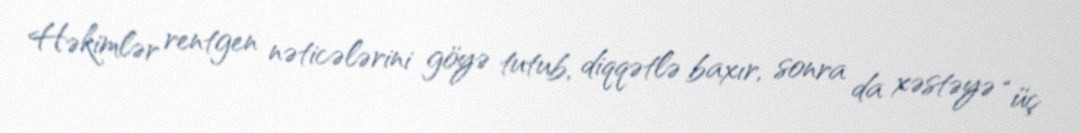
Həkimlər rentgen nəticələrini göyə tutub, diqqətlə baxır, sonra da xəstəyə “üç